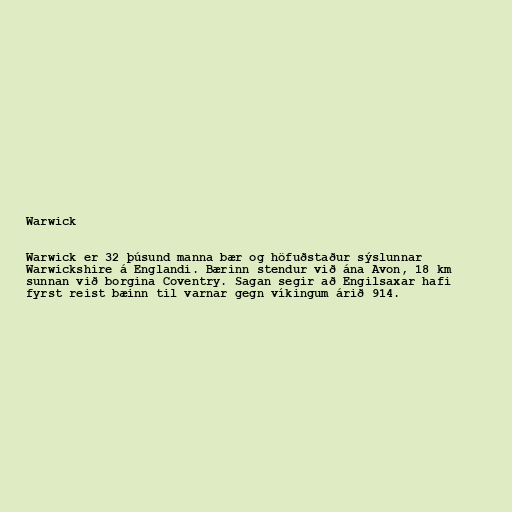
Warwick

Warwick er 32 þúsund manna bær og höfuðstaður sýslunnar
Warwickshire á Englandi. Bærinn stendur við ána Avon, 18 km
sunnan við borgina Coventry. Sagan segir að Engilsaxar hafi
fyrst reist bæinn til varnar gegn víkingum árið 914.